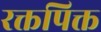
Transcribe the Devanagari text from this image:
रक्तपिक्त